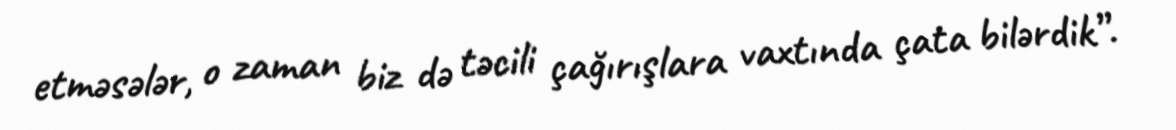
etməsələr, o zaman biz də təcili çağırışlara vaxtında çata bilərdik”.